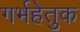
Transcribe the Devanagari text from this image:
गर्भहेतुक